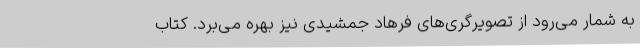
به شمار می‌رود از تصویرگری‌های فرهاد جمشیدی نیز بهره می‌برد. کتاب